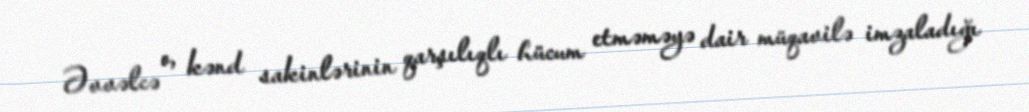
Əvvəlcə o, kənd sakinlərinin qarşılıqlı hücum etməməyə dair müqavilə imzaladığı